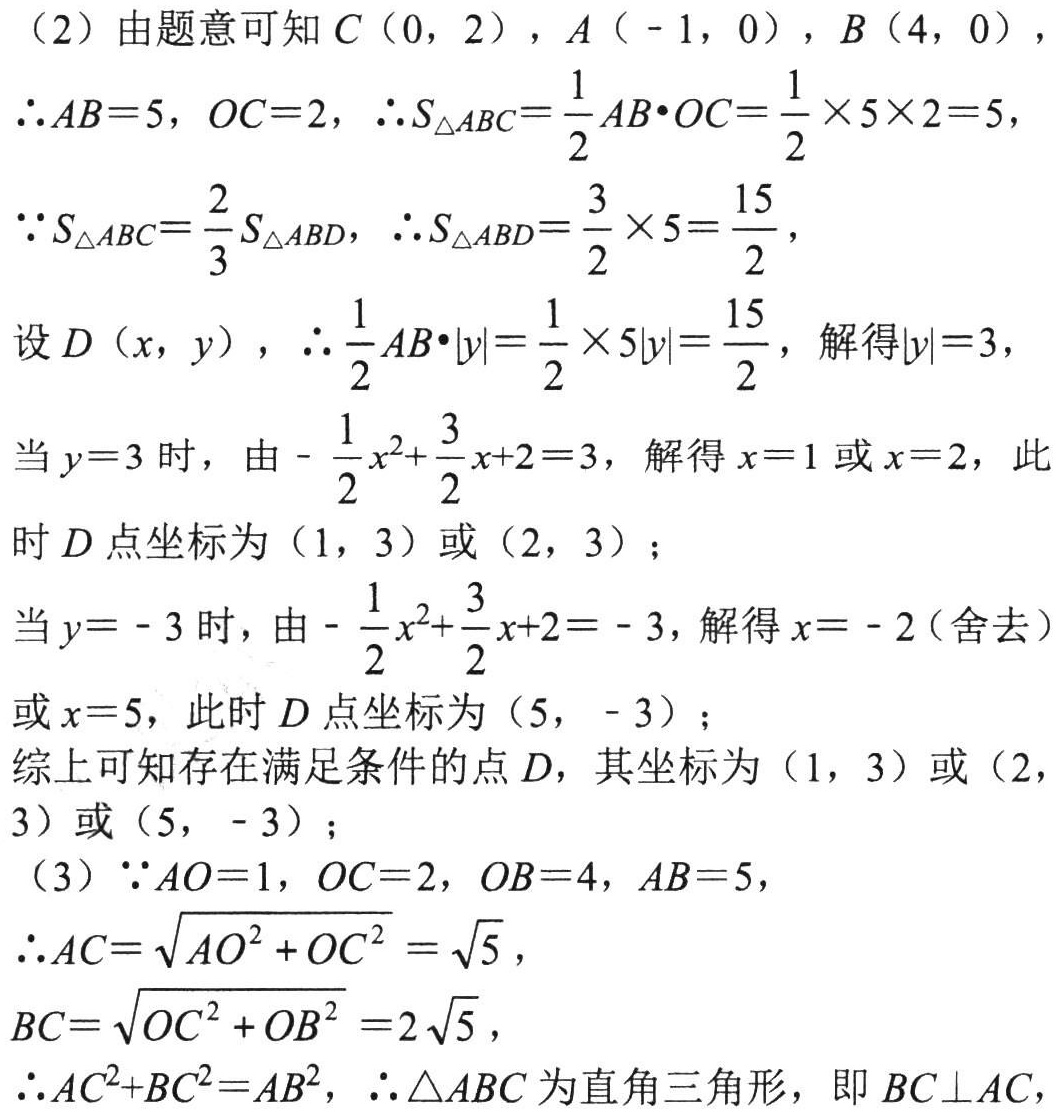
（2）由题意可知\(C(0,2)\)，\(A(-1,0)\)，\(B(4,0)\)，
\(\therefore AB = 5\)，\(OC = 2\)，\(\therefore S_{\triangle ABC}=\frac{1}{2}AB\cdot OC=\frac{1}{2}\times5\times2 = 5\)，
\(\because S_{\triangle ABC}=\frac{2}{3}S_{\triangle ABD}\)，\(\therefore S_{\triangle ABD}=\frac{3}{2}\times5=\frac{15}{2}\)，
设\(D(x,y)\)，\(\therefore\frac{1}{2}AB\cdot|y|=\frac{1}{2}\times5|y|=\frac{15}{2}\)，解得\(|y| = 3\)，
当\(y = 3\)时，由\(-\frac{1}{2}x^{2}+\frac{3}{2}x + 2 = 3\)，解得\(x = 1\)或\(x = 2\)，此时\(D\)点坐标为\((1,3)\)或\((2,3)\)；
当\(y = - 3\)时，由\(-\frac{1}{2}x^{2}+\frac{3}{2}x + 2 = - 3\)，解得\(x = - 2\)（舍去）或\(x = 5\)，此时\(D\)点坐标为\((5,-3)\)；
综上可知存在满足条件的点\(D\)，其坐标为\((1,3)\)或\((2,3)\)或\((5,-3)\)；
（3）\(\because AO = 1\)，\(OC = 2\)，\(OB = 4\)，\(AB = 5\)，
\(\therefore AC=\sqrt{AO^{2}+OC^{2}}=\sqrt{5}\)，
\(BC=\sqrt{OC^{2}+OB^{2}} = 2\sqrt{5}\)，
\(\therefore AC^{2}+BC^{2}=AB^{2}\)，\(\therefore\triangle ABC\)为直角三角形，即\(BC\perp AC\)